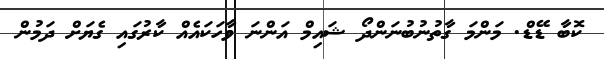
ކޮބާ ޑޭޑް. މަންމަ ގާތުނުބުނަންދޯ ޝައިމް އަންނަ ވާހަކައެއް ކާރުގައި ގެޔަށް ދަމުން